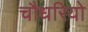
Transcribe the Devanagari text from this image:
चौधरियो